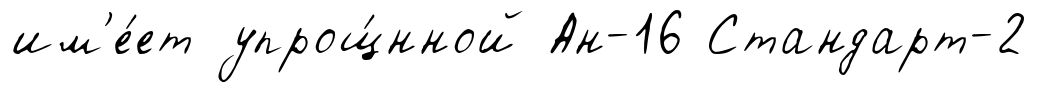
им'е́ет упрощ́нной Ан-16 Стандарт-2